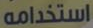
استخدامه